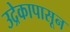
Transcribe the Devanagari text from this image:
उद्रेकापासून